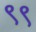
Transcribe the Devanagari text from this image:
९९